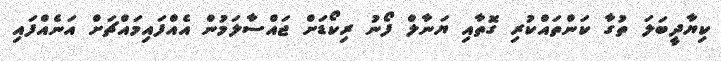
ކިޔާދީބަލަ ތުގާ ކަންތައްކުރި ގޮތާއި ޔަނާލް ފޯނު ރިކޯޑަށް ޖައްސާލަމުން އެއްފައިމައްޗަށް އަނެއްފައި